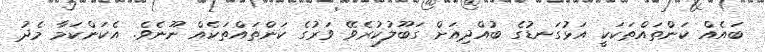
ބައެއް ކަންތައްތަކަކީ އަޅުގަނޑުގެ ބުއްދިއަށް ގަބޫލުކުރެވޭ ވަރުގެ ކަންތައްތަކެއް ނޫނެވެ. އެކަންކަމާ މެދު